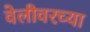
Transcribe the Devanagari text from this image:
वेलीवरच्या